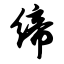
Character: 缔